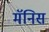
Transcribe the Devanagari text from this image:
मॅनिस